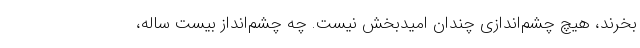
بخرند، هیچ چشم‌اندازی چندان امیدبخش نیست. چه چشم‌انداز بیست ساله،